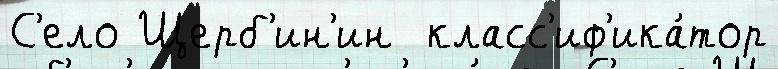
С'ело Щерб'ин'ин  класс'иф'ика́тор